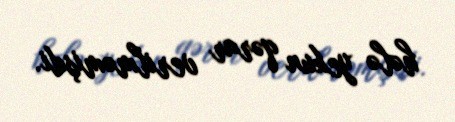
hələ yekun qərar verilməmişdi.